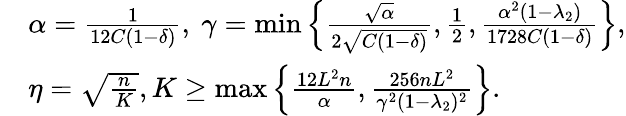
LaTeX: \begin{array}{rl}&{\alpha=\frac{1}{12C(1-\delta)},\ \gamma=\operatorname*{min}\left\{ \frac{\sqrt{\alpha}}{2\sqrt{C(1-\delta)}},\frac{1}{2},\frac{\alpha^{2}(1-\lambda_{2})}{1728C(1-\delta)}\right\} ,}\\ &{\eta=\sqrt{\frac{n}{K}},K\geq\operatorname*{max}\left\{ \frac{12L^{2}n}{\alpha},\frac{256nL^{2}}{\gamma^{2}(1-\lambda_{2})^{2}}\right\} .}\end{array}